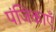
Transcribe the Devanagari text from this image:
पंजिकाएँ